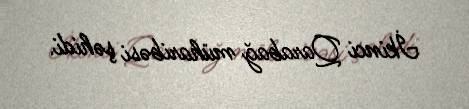
İkinci Qarabağ müharibəsi şəhidi.